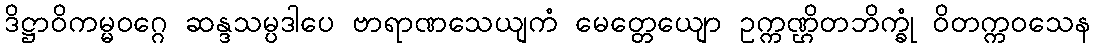
ဒိဋ္ဌာဝိကမ္မဝဂ္ဂေ ဆန္ဒသမ္ပဒါပေ ဗာရာဏသေယျကံ မေတ္တေယျော ဥက္ကဏ္ဌိတဘိက္ခုံ ဝိတက္ကဝသေန